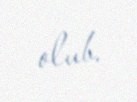
olub.